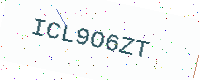
Text: ICL9O6ZT